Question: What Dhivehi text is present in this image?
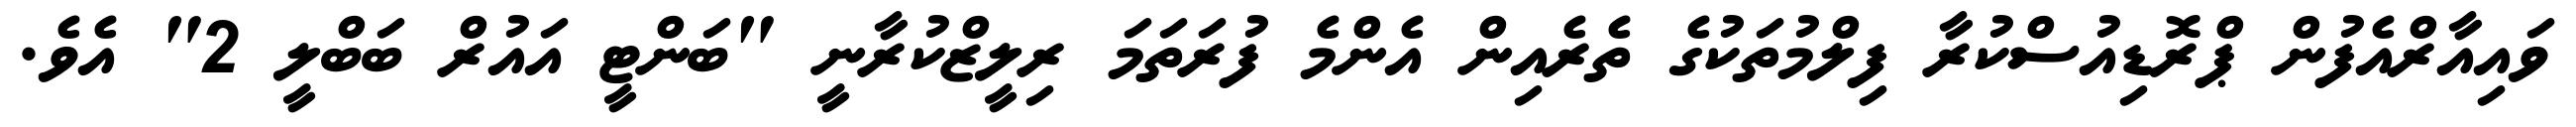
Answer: ވައިއާރްއެފުން ޕްރޮޑިއުސްކުރާ ފިލްމުތަކުގެ ތެރެއިން އެންމެ ފުރަތަމަ ރިލީޒްކުރާނީ "ބަންޓީ އައުރް ބަބްލީ 2" އެވެ.